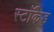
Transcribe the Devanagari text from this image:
स्टॉकेड